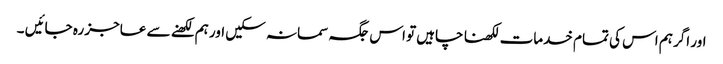
اور اگر ہم اس کی تمام خدمات لکھنا چاہیں تو اس جگہ سمانہ سکیں اور ہم لکھنے سے عاجز رہ جائیں ۔